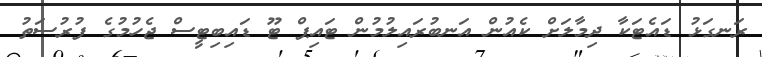
ރަނގަޅު ޑައެޓަކާ ދިމާލަށް ކެއުން އަނބުރައިލުމުން ޓައިޕް ޓޫ ޑައިބިޓީސް ޖެހުމުގެ ފުރުސަތު